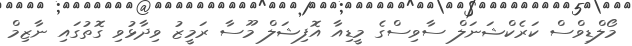
މޯލްޑިވްސް ކަރެކްޝަނަލް ސާވިސްގެ މީޑިއާ އޮފިޝަލް މޫސާ ރަމީޒު ވިދާޅުވި ގޮތުގައި ނާޒިމް